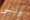
وننسى